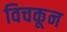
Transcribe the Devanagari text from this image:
विचकून